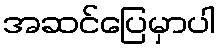
အဆင်ပြေမှာပါ